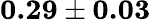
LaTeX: \textbf{0.29}\pm\textbf{0.03}